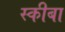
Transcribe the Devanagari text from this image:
स्कीबा